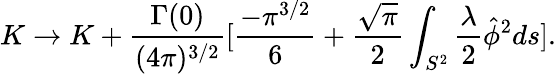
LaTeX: K\rightarrow K+\frac{\Gamma(0)}{(4\pi)^{3/2}}[\frac{-\pi^{3/2}}{6}+\frac{\sqrt{\pi}}{2}\int_{S^{2}}\frac{\lambda}{2}\hat{\phi}^{2}ds].